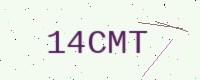
Text: 14CMT